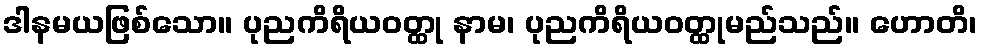
ဒါနမယဖြစ်သော။ ပုညကိရိယဝတ္ထု နာမ၊ ပုညကိရိယဝတ္ထုမည်သည်။ ဟောတိ၊